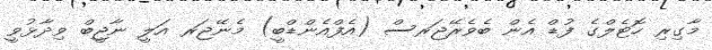
މާގިރި ހޮޓެލްގެ ފުޑް އެން ބެވެރޭޖަރސް (އެފްއެންޑްބީ) މެނޭޖަރ އަލީ ނާޖީބް ވިދާޅުވީ